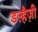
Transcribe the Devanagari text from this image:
डल्हैज़ी